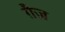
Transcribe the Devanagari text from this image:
ग़ैज़